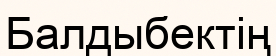
Балдыбектің